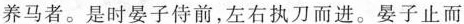
养马者。是时晏子侍前，左右执刀而进。晏子止而